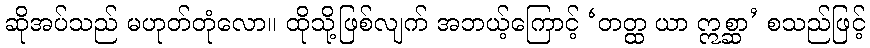
ဆိုအပ်သည် မဟုတ်တုံလော။ ထိုသို့ဖြစ်လျက် အဘယ့်ကြောင့် ‘တတ္ထ ယာ ဣစ္ဆာ’ စသည်ဖြင့်